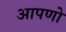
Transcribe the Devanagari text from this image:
आपणो